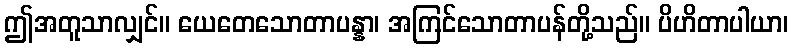
ဤအတူသာလျှင်။ ယေတေသောတာပန္နာ၊ အကြင်သောတာပန်တို့သည်။ ပိဟိတာပါယာ၊